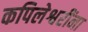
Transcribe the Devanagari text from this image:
कपिलेश्वरींना